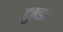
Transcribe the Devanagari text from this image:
दुबडा